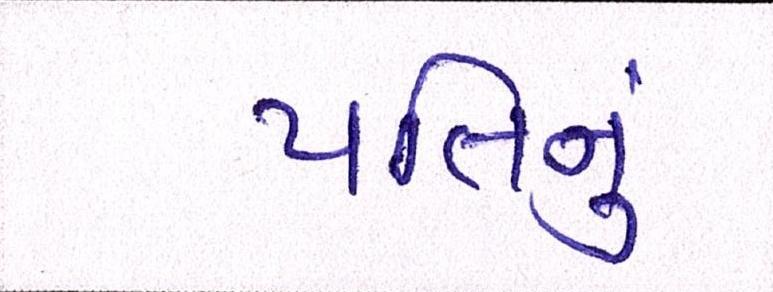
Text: પતિનું